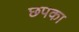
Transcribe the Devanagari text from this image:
छपका